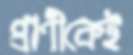
প্রাণীকেই